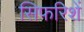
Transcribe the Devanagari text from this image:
सिफरिशें